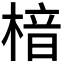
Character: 𪳀